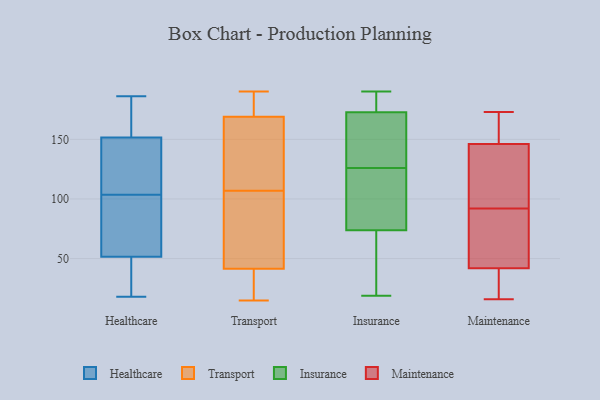
{"axis": {"x": "Latency (ms)", "y": "Value"}, "legend": ["Healthcare", "Insurance", "Maintenance", "Transport"], "data": [{"x": "", "y": 180, "type": "Healthcare"}, {"x": "", "y": 48, "type": "Healthcare"}, {"x": "", "y": 155, "type": "Healthcare"}, {"x": "", "y": 186, "type": "Healthcare"}, {"x": "", "y": 25, "type": "Healthcare"}, {"x": "", "y": 89, "type": "Healthcare"}, {"x": "", "y": 18, "type": "Healthcare"}, {"x": "", "y": 21, "type": "Healthcare"}, {"x": "", "y": 55, "type": "Healthcare"}, {"x": "", "y": 59, "type": "Healthcare"}, {"x": "", "y": 148, "type": "Healthcare"}, {"x": "", "y": 138, "type": "Healthcare"}, {"x": "", "y": 140, "type": "Healthcare"}, {"x": "", "y": 87, "type": "Healthcare"}, {"x": "", "y": 155, "type": "Healthcare"}, {"x": "", "y": 118, "type": "Healthcare"}, {"x": "", "y": 22, "type": "Transport"}, {"x": "", "y": 15, "type": "Transport"}, {"x": "", "y": 108, "type": "Transport"}, {"x": "", "y": 170, "type": "Transport"}, {"x": "", "y": 181, "type": "Transport"}, {"x": "", "y": 53, "type": "Transport"}, {"x": "", "y": 124, "type": "Transport"}, {"x": "", "y": 83, "type": "Transport"}, {"x": "", "y": 190, "type": "Transport"}, {"x": "", "y": 168, "type": "Transport"}, {"x": "", "y": 19, "type": "Transport"}, {"x": "", "y": 106, "type": "Transport"}, {"x": "", "y": 185, "type": "Transport"}, {"x": "", "y": 123, "type": "Transport"}, {"x": "", "y": 30, "type": "Transport"}, {"x": "", "y": 66, "type": "Transport"}, {"x": "", "y": 132, "type": "Insurance"}, {"x": "", "y": 19, "type": "Insurance"}, {"x": "", "y": 57, "type": "Insurance"}, {"x": "", "y": 108, "type": "Insurance"}, {"x": "", "y": 126, "type": "Insurance"}, {"x": "", "y": 174, "type": "Insurance"}, {"x": "", "y": 79, "type": "Insurance"}, {"x": "", "y": 95, "type": "Insurance"}, {"x": "", "y": 187, "type": "Insurance"}, {"x": "", "y": 143, "type": "Insurance"}, {"x": "", "y": 72, "type": "Insurance"}, {"x": "", "y": 47, "type": "Insurance"}, {"x": "", "y": 190, "type": "Insurance"}, {"x": "", "y": 173, "type": "Insurance"}, {"x": "", "y": 172, "type": "Insurance"}, {"x": "", "y": 58, "type": "Maintenance"}, {"x": "", "y": 45, "type": "Maintenance"}, {"x": "", "y": 146, "type": "Maintenance"}, {"x": "", "y": 165, "type": "Maintenance"}, {"x": "", "y": 141, "type": "Maintenance"}, {"x": "", "y": 42, "type": "Maintenance"}, {"x": "", "y": 16, "type": "Maintenance"}, {"x": "", "y": 126, "type": "Maintenance"}, {"x": "", "y": 34, "type": "Maintenance"}, {"x": "", "y": 173, "type": "Maintenance"}]}